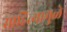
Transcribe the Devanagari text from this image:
साहित्यामुळे